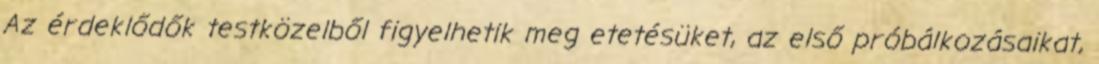
Az érdeklődők testközelből figyelhetik meg etetésüket, az első próbálkozásaikat,